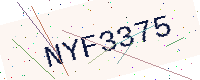
Text: NYF3375